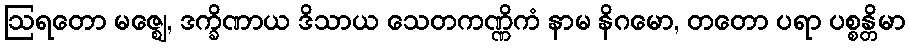
ဩရတော မဇ္ဈေ, ဒက္ခိဏာယ ဒိသာယ သေတကဏ္ဏိကံ နာမ နိဂမော, တတော ပရာ ပစ္စန္တိမာ